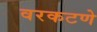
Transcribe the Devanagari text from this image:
वरकटणे